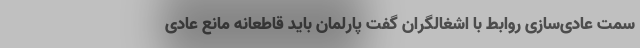
سمت عادی‌سازی روابط با اشغالگران گفت پارلمان باید قاطعانه مانع عادی